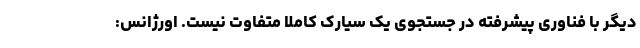
دیگر با فناوری پیشرفته در جستجوی یک سیارک کاملا متفاوت نیست. اورژانس: